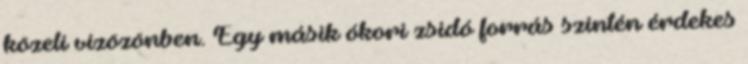
közeli vízözönben. Egy másik ókori zsidó forrás szintén érdekes